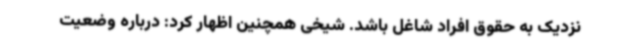
نزدیک به حقوق افراد شاغل باشد. شیخی همچنین اظهار کرد: درباره وضعیت